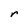
Character: r